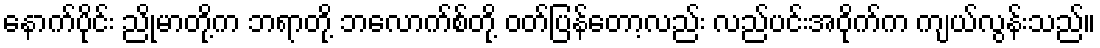
နောက်ပိုင်း ညိုမာတို့က ဘရာတို့ ဘလောက်စ်တို့ ဝတ်ပြန်တော့လည်း လည်ပင်းအဝိုက်က ကျယ်လွန်းသည်။